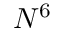
N ^ { 6 }